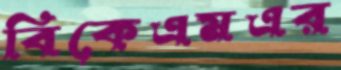
বিকেএমএর